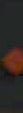
،